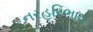
નરહરિભાઇ